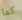
كما